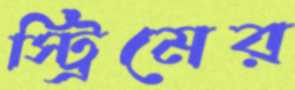
স্ট্রিমের